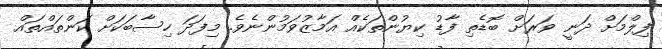
ފިލްމަށް ދަނީ ވަރަށް ބޮޑެތި ފާޑު ކިޔުންތަކެއް އަމާޒުވަމުންނެވެ. މިފަދަ ހިސާބަކަށް ކަންތައްތައް